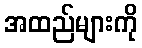
အထည်များကို